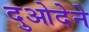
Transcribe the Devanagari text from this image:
दुओदेने